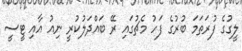
ލީގުގެ ފުރަތަމަ ބުރުގެ ފަހު މެޗުގައި ރޭ ބައްދަލުކުރީ ނިއު އާއި ޓީސީ